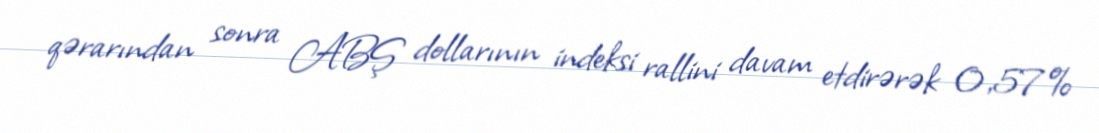
qərarından sonra ABŞ dollarının indeksi rallini davam etdirərək 0,57%